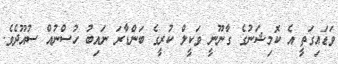
ވަޑައިގަތީ އެ ކޮމިޝަނުގެ ގާނޫނީ ވަކީލް ކުރީގެ ބަންޑާރަ ނައިބު ހުސްނުއް ސުއޫދެވެ.